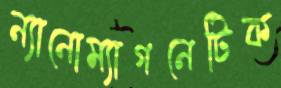
ন্যানোম্যাগনেটিক